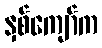
နှစ်ကျော်က